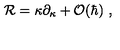
{ \cal R } = \kappa \partial _ { \kappa } + { \cal O } ( \hbar ) \ ,